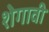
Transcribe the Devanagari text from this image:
शेगावी